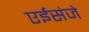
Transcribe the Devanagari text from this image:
एईसंजे